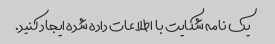
یک نامه شکایت با اطلاعات داده شده ایجاد کنید.